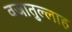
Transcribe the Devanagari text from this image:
वजातुल्लाह